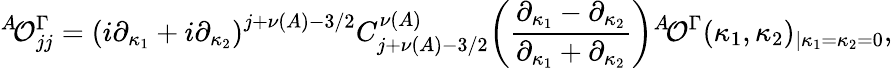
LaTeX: {^A\! {\cal O}_{jj}^{\Gamma}}=\left(i\partial_{\kappa_{1}}+i\partial_{\kappa_{2}}\right)^{j+\nu(A)-3/2}C_{j+\nu(A)-3/2}^{\nu(A)}\! \left(\frac{\partial_{\kappa_{1}}-\partial_{\kappa_{2}}}{\partial_{\kappa_{1}}+\partial_{\kappa_{2}}}\right){^A\! {\cal O}^{\Gamma}}(\kappa_{1},\kappa_{2})_{|\kappa_{1}=\kappa_{2}=0},